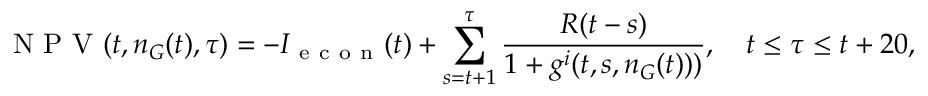
\mathrm { ~ N ~ P ~ V ~ } ( t , n _ { G } ( t ) , \tau ) = - I _ { \mathrm { ~ e ~ c ~ o ~ n ~ } } ( t ) + \sum _ { s = t + 1 } ^ { \tau } \frac { R ( t - s ) } { 1 + g ^ { i } ( t , s , n _ { G } ( t ) ) ) } , \quad t \leq \tau \leq t + 2 0 ,